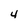
Character: 4